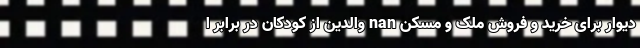
دیوار برای خرید و فروش ملک و مسکن nan والدین از کودکان در برابر ا